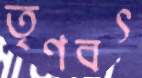
তৃণবৎ